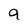
Character: 9